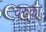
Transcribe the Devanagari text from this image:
वरुका